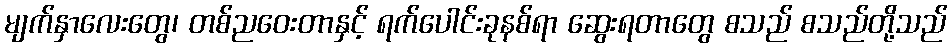
မျက်နှာလေးတွေ၊ တစ်ညဝေးတာနှင့် ရက်ပေါင်းခုနစ်ရာ ဆွေးရတာတွေ စသည် စသည်တို့သည်